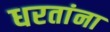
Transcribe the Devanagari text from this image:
धरतांना